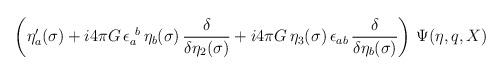
LaTeX: \begin{align*}\left(\eta'_a(\sigma) + i 4\pi G \, \epsilon_a^{~b} \, \eta_b(\sigma) \,{\delta \over \delta\eta_2(\sigma)} + i 4\pi G \, \eta_3(\sigma) \,\epsilon_{ab} \, {\delta \over \delta \eta_b(\sigma)}\right) \, \Psi(\eta,q,X)\hspace*{\fill}\end{align*}